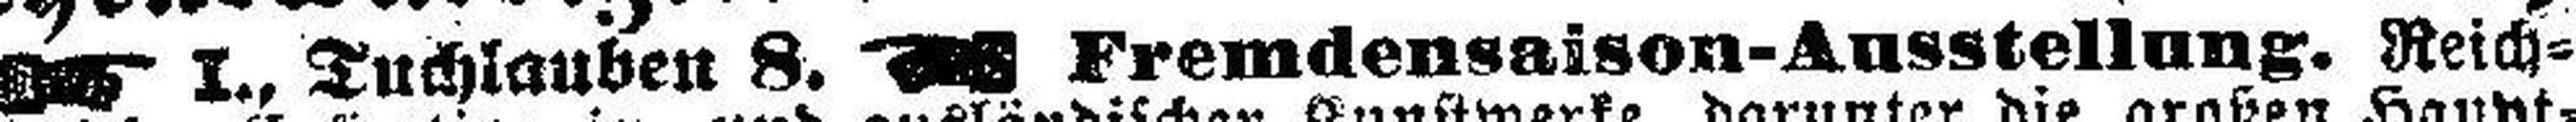
I., Tuchlauben 8. Fremdensaison-Ausstellung. Reich¬